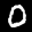
Label: 0